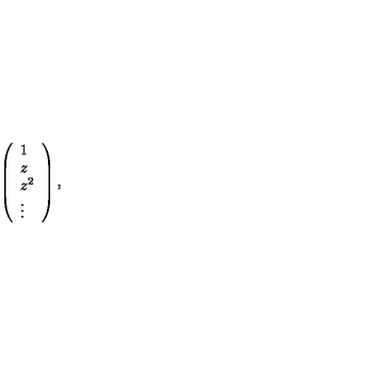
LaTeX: \left( \begin{array} { l } { 1 } \\ { z } \\ { z ^ { 2 } } \\ { \vdots } \\ \end{array} \right) ,